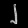
Digit: ၂